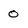
Character: 0